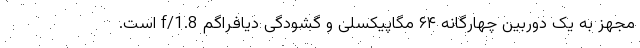
مجهز به یک دوربین چهارگانه ۶۴ مگاپیکسلی و گشودگی دیافراگم f/1.8 است.